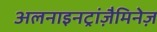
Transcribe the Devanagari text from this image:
अलनाइनट्रांज़ैमिनेज़